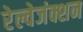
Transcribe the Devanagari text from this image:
रेल्वेजंक्शन